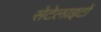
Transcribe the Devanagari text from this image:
सेटेलाइटों